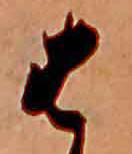
は